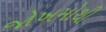
જોખમોથી